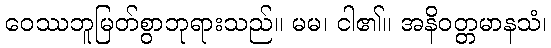
ဝေဿဘူမြတ်စွာဘုရားသည်။ မမ၊ ငါ၏။ အနိဝတ္တမာနသံ၊